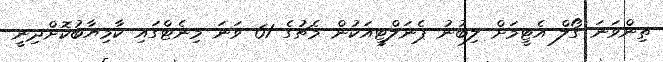
ތިންވަނަ ގޯލް އެޓީމަށް ލިބުނު ޕެނަލްޓީއަކުން މެޗުގެ 61 ވަނަ މިނެޓްގައި ކާމިޔާބުކޮށްދިނީ